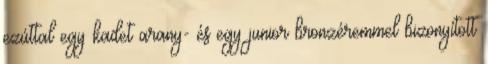
ezúttal egy kadet arany- és egy junior bronzéremmel bizonyított